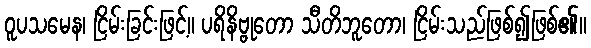
ဝူပသမေန၊ ငြိမ်းခြင်းဖြင့်။ ပရိနိဗ္ဗုတော သီတိဘူတော၊ ငြိမ်းသည်ဖြစ်၍ဖြစ်၏။